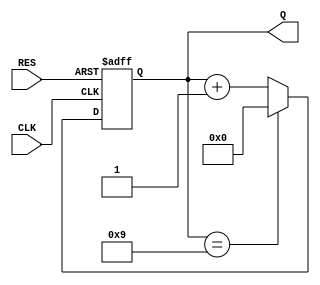
module counter10(CLK, RES, Q);

input CLK, RES;
output [3:0]Q;

reg  hoge;
wire flag;

reg [3:0]Q;

always @(posedge CLK or negedge RES) 
   if(RES ==1'b0)
       Q = 4'd0;
   else if(Q == 4'd9)
       Q = 4'd0;
   else
       Q = Q + 4'd1;

assign flag = (hoge == 1) ? 1'b1 : 1'b0;

endmodule